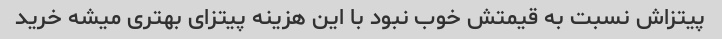
پیتزاش نسبت به قیمتش خوب نبود با این هزینه پیتزای بهتری میشه خرید